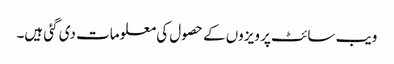
ویب سائٹ پر ویزوں کے حصول کی معلومات دی گئی ہیں۔